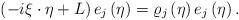
LaTeX: \begin{align*}\left(-i\xi\cdot\eta+L\right)e_{j}\left(\eta\right)=\varrho_{j}\left(\eta\right)e_{j}\left(\eta\right).\end{align*}